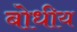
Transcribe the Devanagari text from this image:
बोधीय